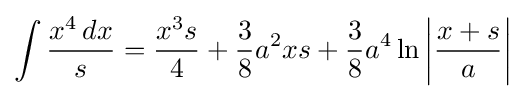
\int {\frac {x^{4}\,dx}{s}}={\frac {x^{3}s}{4}}+{\frac {3}{8}}a^{2}xs+{\frac {3}{8}}a^{4}\ln \left|{\frac {x+s}{a}}\right|